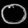
Digit: ၀